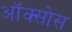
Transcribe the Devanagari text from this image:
ऑक्सोस